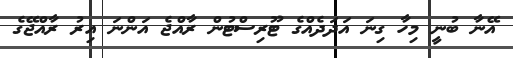
އޭނާ ބުނީ މިހާ ގިނަ އަދަދެއްގެ ޓޫރިސްޓުން ރާއްޖެ އަންނަ އިރު ރާއްޖޭގެ